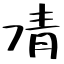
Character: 凊